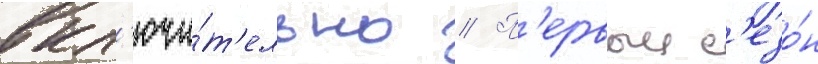
вкл'ючи́т'ельно // П'ервыи с'езо́н